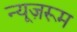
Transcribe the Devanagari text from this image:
न्यूज़रूम